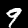
Digit: 9